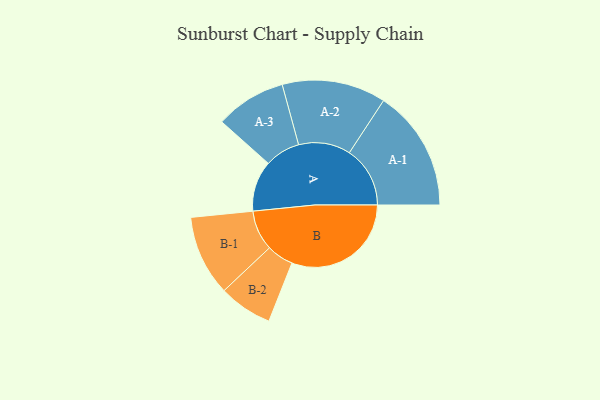
{"axis": {"x": "Segment", "y": "Value"}, "legend": ["", "A", "B"], "data": [{"x": "A", "y": 208, "type": ""}, {"x": "B", "y": 490, "type": ""}, {"x": "A-1", "y": 249, "type": "A"}, {"x": "A-2", "y": 213, "type": "A"}, {"x": "A-3", "y": 145, "type": "A"}, {"x": "B-1", "y": 165, "type": "B"}, {"x": "B-2", "y": 110, "type": "B"}]}